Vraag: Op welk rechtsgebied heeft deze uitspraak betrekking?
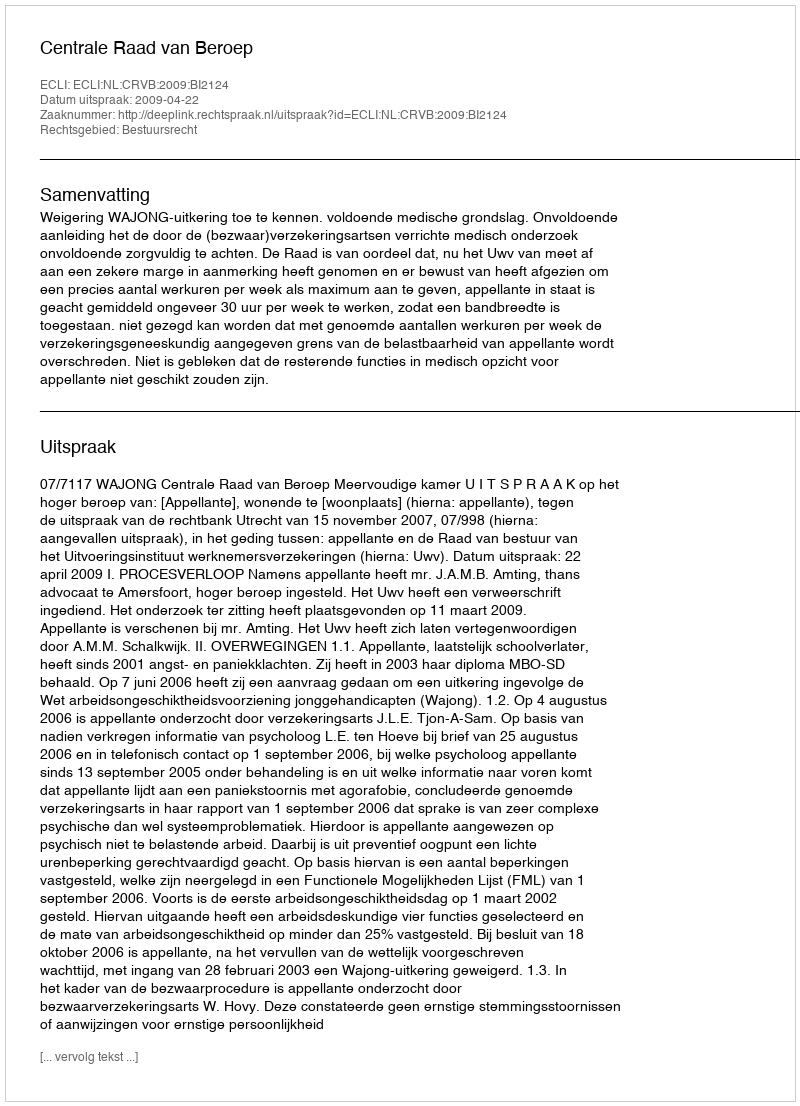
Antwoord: Bestuursrecht